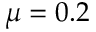
\mu = 0 . 2